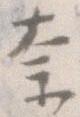
な